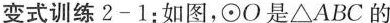
变式训练2-1：如图，\odot O是\bigtriangleup ABC的